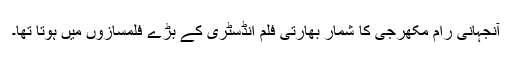
آنجہانی رام مکھرجی کا شمار بھارتی فلم انڈسٹری کے بڑے فلمسازوں میں ہوتا تھا۔